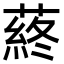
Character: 蔠